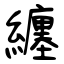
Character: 纏